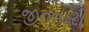
જીતનારી